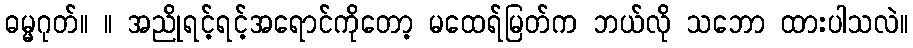
ဓမ္မဂုတ်။ ။ အညိုရင့်ရင့်အရောင်ကိုတော့ မထေရ်မြတ်က ဘယ်လို သဘော ထားပါသလဲ။